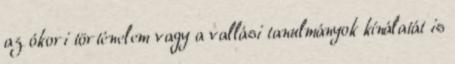
az ókori történelem vagy a vallási tanulmányok kínálatát is